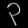
Digit: ၃